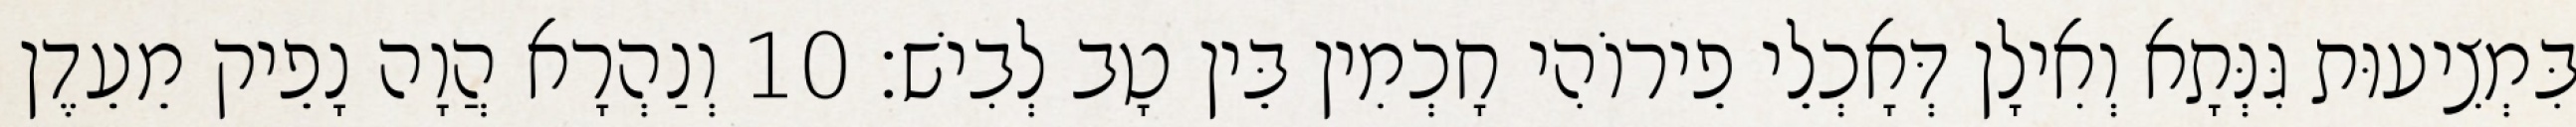
בִּמְצִיעוּת גִּנְּתָא וְאִילָן דְּאָכְלֵי פֵירוֹהִי חָכְמִין בֵּין טָב לְבִישׁ׃ 10 וְנַהְרָא הֲוָה נָפֵיק מֵעֵדֶן